Report of the Indian Hemp Drugs Commission, 1894-1895 - Volume V
Year: 1894
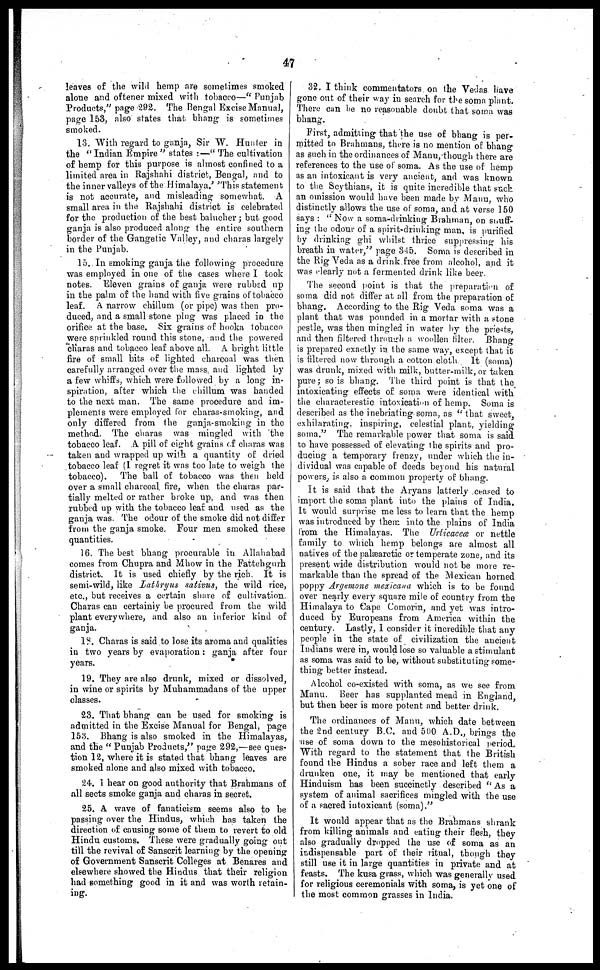
47
leaves of the wild hemp are sometimes smoked
alone and oftener mixed with tobacco—"Punjab
Products," page 292. The Bengal Excise Manual,
page 153, also states that bhang is sometimes
smoked.
13. With regard to ganja, Sir W. Hunter in
the "Indian Empire" states :—" The cultivation
of hemp for this purpose is almost confined to a
limited area in Rajshahi district, Bengal, and to
the inner valleys of the Himalaya.' 'This statement
is not accurate, and misleading somewhat. A
small area in the Rajshahi district is celebrated
for the production of the best balucher ; but good
ganja is also produced along the entire southern
border of the Gangetic Valley, and charas largely
in the Punjab.
15. In smoking ganja the following procedure
was employed in one of the cases where I took
notes. Eleven grains of ganja were rubbed up
in the palm of the hand with five grains of tobacco
leaf. A narrow chillum (or pipe) was then pro-
duced, and a small stone plug was placed in the
orifice at the base. Sis grains of hooka tobacco
were sprinkled round this stone, and the powered
charas and tobacco leaf above all. A bright little
fire of small bits of lighted charcoal was then
carefully arranged over the mass, and lighted by
a few whiffs, which were followed by a long in-
spiration, after which the chillum was handed
to the next man. The same procedure and im-
plements were employed for charas-smoking, and
only differed from the ganja-smoking in the
method. The charas was mingled with the
tobacco leaf. A pill of eight grains of charas was
taken and wrapped up with a quantity of dried
tobacco leaf (I regret it was too late to weigh the
tobacco). The ball of tobacco was then held
over a small charcoal, fire, when the charas par-
tially melted or rather broke up, and was then
rubbed up with the tobacco leaf and used as the
ganja was. The odour of the smoke did not differ
from the ganja smoke. Four men smoked these
quantities,
16. The best bhang procurable in Allahabad
comes from Chupra and Mhow in the Fattehgurh
district. It is used chiefly by the rich. It is
semi-wild, like Lathryus sativus, the wild rice,
etc., but receives a certain share of cultivation.
Charas can certainly be procured from the wild
plant every where, and also an inferior kind of
ganja.
18. Charas is said to lose its aroma and qualities
in two years by evaporation : ganja after four
years.
19. They are also drunk, mixed or dissolved,
in wine or spirits by Muhammadans of the upper
classes.
23. That bhang can be used for smoking is
admitted in the Excise Manual for Bengal, page
158. Bhang is also smoked in the Himalayas,
and the "Punjab Products," page 292,—see ques-
tion 12, where it is stated that bhang leaves are
smoked alone and also mixed with tobacco.
24. 1 hear on good authority that Brahmans of
all sects smoke ganja and charas in secret.
25. A wave of fanaticism seems also to be
passing over the Hindus, which has taken the
direction of causing some of them to revert to old
Hindu customs. These were gradually going out
till the revival of Sanscrit learning by the opening
of Government Sanscrit Colleges at Benares and
elsewhere showed the Hindus that their religion
had something good in it and was worth retain-
ing.
32. I think commentators on the Vedas have
gone out of their way in search for the soma plant.
There can he no reasonable doubt that soma was
bhang.
First, admitting that the use of bhang is per-
mitted to Brahmans, there is no mention of bhang
as such in the ordinances of Manu, though there are
references to the use of soma. As the use of hemp
as an intoxicant is very ancient, and was known
to the Scythians, it is quite incredible that suck
an omission would have been made by Manu, who
distinctly allows the use of soma, and at verse 150
says : "Now a soma-drinking Brahman, on snuff-
ing the odour of a spirit-drinking man, is purified
by drinking ghi whilst thrice suppressing his
breath in water," page 345. Soma is described in
the Rig Veda as a drink free from alcohol, and it
was clearly not a fermented drink like beer.
The second point is that the preparation of
soma did not differ at all from the preparation of
bhang. According to the Rig Veda soma was a
plant that was pounded in a mortar with a stone
pestle, was then mingled in water by the priests,
and then filtered through a woollen filter. Bhang
is prepared exactly in the same way, except that it
is filtered now through a cotton cloth. It (soma)
was drunk, mixed with milk, butter-milk, or taken
pure ; so is bhang. The third point is that the
intoxicating effects of soma were identical with
the characterestic intoxication of hemp. Soma is
described as the inebriating soma, as "that sweet,
exhilarating, inspiring, celestial plant, yielding
soma." The remarkable power that soma is said
to have possessed of elevating the spirits and pro-
ducing a temporary frenzy, under which the in-
dividual was capable of deeds beyond his natural
powers, is also a common property of bhang.
It is said that the Aryans latterly ceased to
import the soma plant into the plains of India.
It would surprise me less to learn that the hemp
was introduced by them into the plains of India
from the Himalayas. The Urticaceæ or nettle
family to which hemp belongs are almost all
natives of the palæarctic or temperate zone, and its
present wide distribution would not be more re-
markable than the spread of the Mexican horned
poppy Argemone mexicana which is to be found
over nearly every square mile of country from the
Himalaya to Cape Comorin, and yet was intro-
duced by Europeans from America within the
century. Lastly, 1 consider it incredible that any
people in the state of civilization the ancient
Indians were in, would lose so valuable a stimulant
as soma was said to be, without substituting some-
thing better instead.
Alcohol co-existed with soma, as we see from
Manu. Beer has supplanted mead in England,
but then beer is more potent and better drink.
The ordinances of Manu, which date between
the 2nd century B.C. and 500 A.D., brings the
use of soma down to the mesohistorical period.
With regard to the statement that the British
found the Hindus a sober race and left them a
drunken one, it may be mentioned that early
Hinduism has been succinctly described "As a
system of animal sacrifices mingled with the use
of a sacred intoxicant (soma)."
It would appear that as the Brahmans shrank
from killing animals and eating their flesh, they
also gradually dropped the use of soma as an
indispensable part of their ritual, though they
still use it in large quantities in private and at
feasts. The kusa grass, which was generally used
for religious ceremonials with soma, is yet one of
the most common grasses in India.